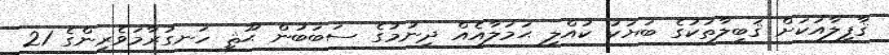
ޤާފިލާއަކަށް ޤަބީލާތަކުގެ ބަޔަކު ކުއްލި ޙަމަލާއެއް ދިނުމުގެ ސަބަބުން ޙޫޘީ ހަނގުރާމަވެރިންގެ 21